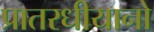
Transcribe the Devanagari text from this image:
प्रातरधीयानो